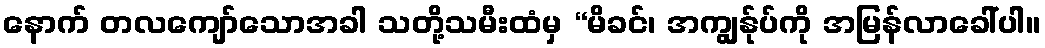
နောက် တလကျော်သောအခါ သတို့သမီးထံမှ “မိခင်၊ အကျွန်ုပ်ကို အမြန်လာခေါ်ပါ။